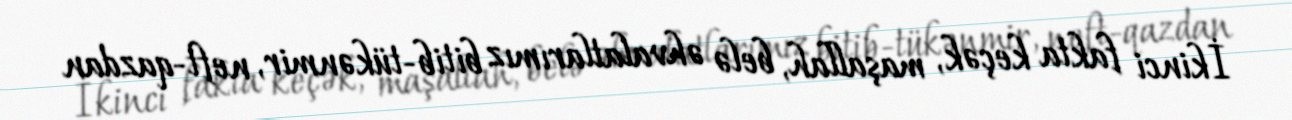
İkinci fakta keçək, maşallah, belə əhvalatlarımız bitib-tükənmir, neft-qazdan